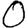
Digit: 0